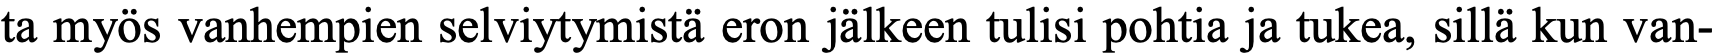
ta myös vanhempien selviytymistä eron jälkeen tulisi pohtia ja tukea, sillä kun van-